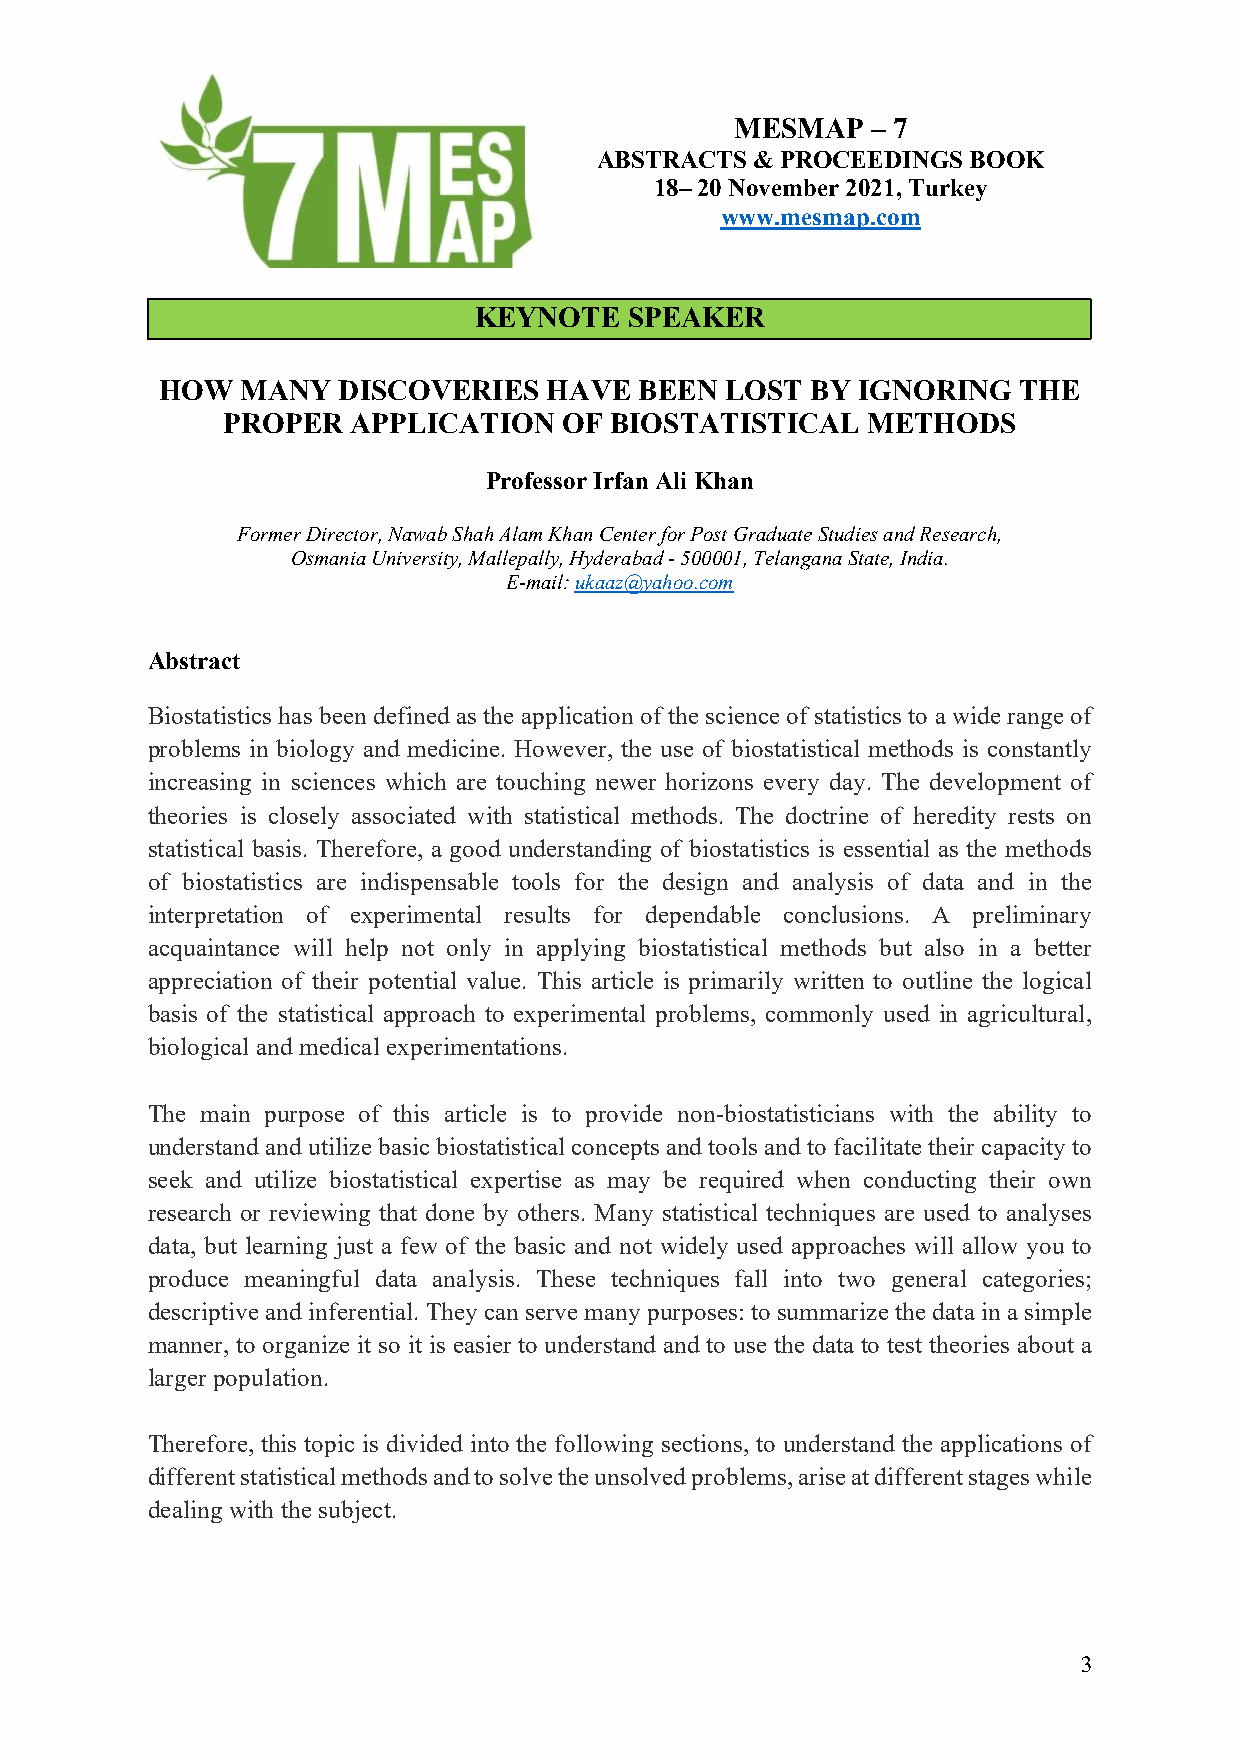
MESMAP   – 7
 ABSTRACTS  & PROCEEDINGS BOOK
 18– 20 November 2021, Turkey
 www.mesmap.com
 KEYNOTE    SPEAKER
 HOW   MANY  DISCOVERIES   HAVE  BEEN  LOST  BY IGNORING  THE
 PROPER  APPLICATION   OF BIOSTATISTICAL   METHODS
 Professor Irfan Ali Khan
 Former Director, Nawab Shah Alam Khan Center for Post Graduate Studies and Research,
 Osmania University, Mallepally, Hyderabad - 500001, Telangana State, India.
 E-mail: ukaaz@yahoo.com
 Abstract
 Biostatistics has been defined as the application of the science of statistics to a wide range of
 problems in biology and medicine. However, the use of biostatistical methods is constantly
 increasing in sciences which are touching newer horizons every day. The development of
 theories is closely associated with statistical methods. The doctrine of heredity rests on
 statistical basis. Therefore, a good understanding of biostatistics is essential as the methods
 of biostatistics are indispensable tools for the design and analysis of data and in the
 interpretation of experimental results for dependable conclusions. A preliminary
 acquaintance will help not only in applying biostatistical methods but also in a better
 appreciation of their potential value. This article is primarily written to outline the logical
 basis of the statistical approach to experimental problems, commonly used in agricultural,
 biological and medical experimentations.
 The main purpose of this article is to provide non-biostatisticians with the ability to
 understand and utilize basic biostatistical concepts and tools and to facilitate their capacity to
 seek and utilize biostatistical expertise as may be required when conducting their own
 research or reviewing that done by others. Many statistical techniques are used to analyses
 data, but learning just a few of the basic and not widely used approaches will allow you to
 produce meaningful data analysis. These techniques fall into two general categories;
 descriptive and inferential. They can serve many purposes: to summarize the data in a simple
 manner, to organize it so it is easier to understand and to use the data to test theories about a
 larger population.
 Therefore, this topic is divided into the following sections, to understand the applications of
 different statistical methods and to solve the unsolved problems, arise at different stages while
 dealing with the subject.
 3